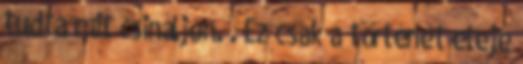
tudta mit csináljon. . Ez csak a történet eleje